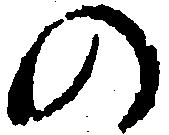
の